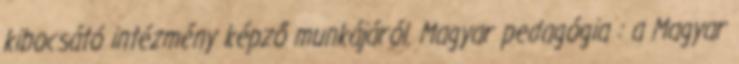
kibocsátó intézmény képző munkájáról. Magyar pedagógia : a Magyar